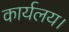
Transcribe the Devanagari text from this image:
कार्यलय।